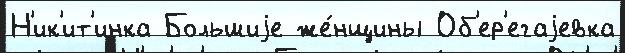
Н'ик'ит'инка Большиjе же́нщины Об'ер'егаjевка